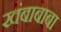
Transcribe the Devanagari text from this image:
खंबाबाबा